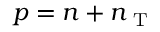
{ { p = n + n _ { \mathrm { ~ T ~ } } } }